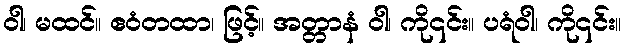
ဝါ၊ မထင်။ ဧဝံတထာ၊ ဖြင့်။ အတ္တာနံ ဝါ၊ ကို၎င်း။ ပရံဝါ၊ ကို၎င်း။